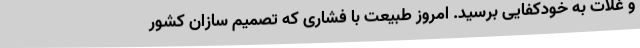
و غلات به خودکفایی برسید. امروز طبیعت با فشاری که تصمیم سازان کشور